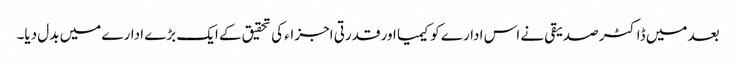
بعد میں ڈاکٹر صدیقی نے اس ادارے کو کیمیا اور قدرتی اجزاء کی تحقیق کے ایک بڑے ادارے میں بدل دیا۔